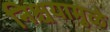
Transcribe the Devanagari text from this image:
निश्चयामुळे